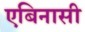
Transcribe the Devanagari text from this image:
एबिनासी